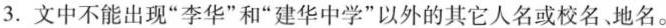
3.文中不能出现“李华”和“建华中学”以外的其它人名或校名、地名。